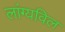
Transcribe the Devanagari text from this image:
लांग्यविल